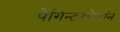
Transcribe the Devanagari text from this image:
पेगिन्टरफेरॉन